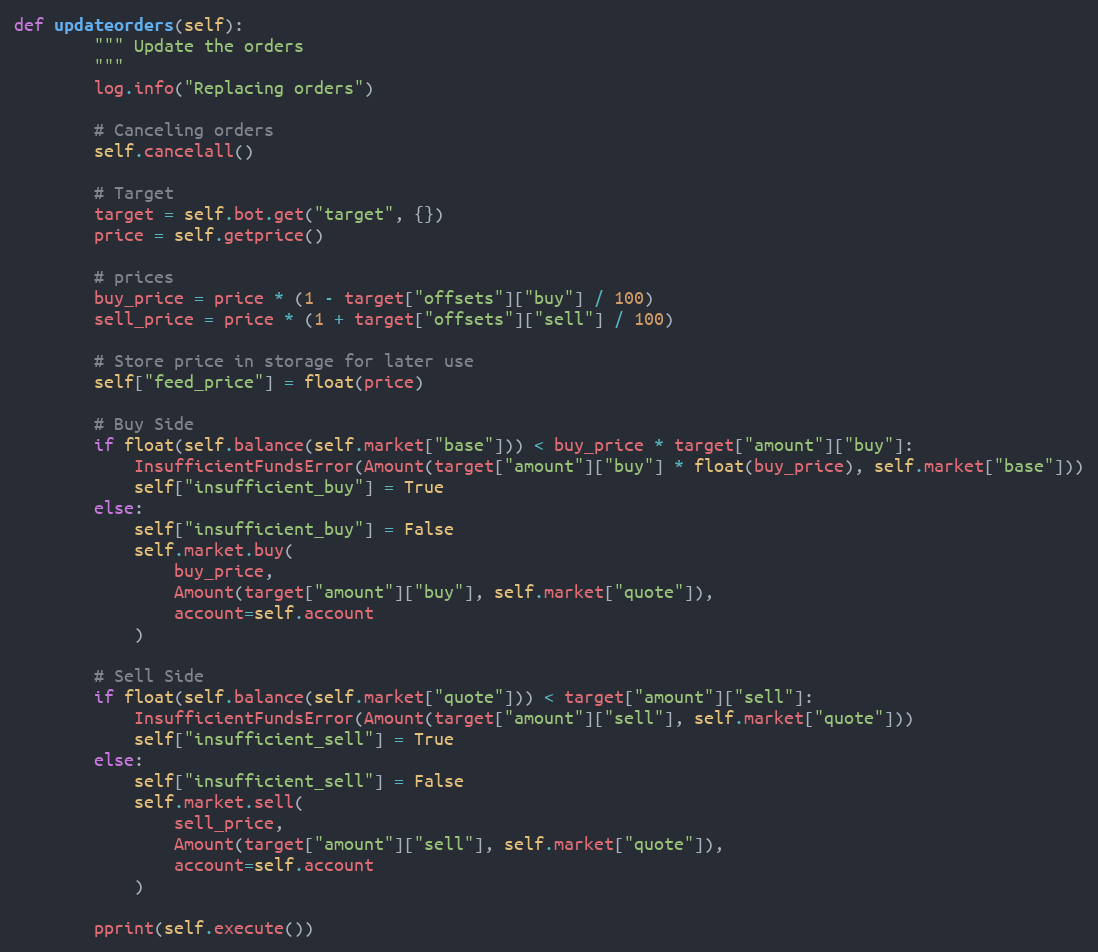
Language: Python
def updateorders(self):
        """ Update the orders
        """
        log.info("Replacing orders")

        # Canceling orders
        self.cancelall()

        # Target
        target = self.bot.get("target", {})
        price = self.getprice()

        # prices
        buy_price = price * (1 - target["offsets"]["buy"] / 100)
        sell_price = price * (1 + target["offsets"]["sell"] / 100)

        # Store price in storage for later use
        self["feed_price"] = float(price)

        # Buy Side
        if float(self.balance(self.market["base"])) < buy_price * target["amount"]["buy"]:
            InsufficientFundsError(Amount(target["amount"]["buy"] * float(buy_price), self.market["base"]))
            self["insufficient_buy"] = True
        else:
            self["insufficient_buy"] = False
            self.market.buy(
                buy_price,
                Amount(target["amount"]["buy"], self.market["quote"]),
                account=self.account
            )

        # Sell Side
        if float(self.balance(self.market["quote"])) < target["amount"]["sell"]:
            InsufficientFundsError(Amount(target["amount"]["sell"], self.market["quote"]))
            self["insufficient_sell"] = True
        else:
            self["insufficient_sell"] = False
            self.market.sell(
                sell_price,
                Amount(target["amount"]["sell"], self.market["quote"]),
                account=self.account
            )

        pprint(self.execute())